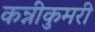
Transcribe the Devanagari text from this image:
कन्नीकुमरी